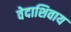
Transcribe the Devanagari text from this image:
वेदाशिवाय